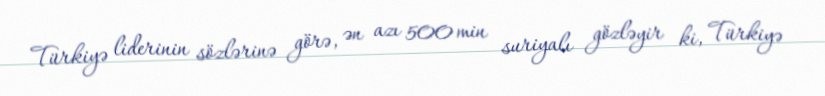
Türkiyə liderinin sözlərinə görə, ən azı 500 min suriyalı gözləyir ki, Türkiyə